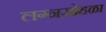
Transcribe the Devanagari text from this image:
लग्नसोहळा